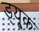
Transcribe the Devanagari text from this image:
ड्यू्क